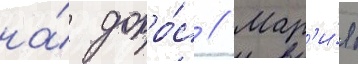
на́ допро́с // Мар'и́я